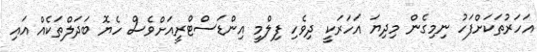
އަހަރުތަކަށްފަހު ނިމިގެން މިދިޔަ އަހަރަކީ ދިވެހި ފިލްމީ އިންޑަސްޓްރީއަށްވެސް ހެޔޮ ބަދަލްތަކެއް އައި